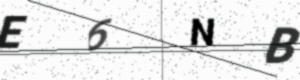
Text: E6NB